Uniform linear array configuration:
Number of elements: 32
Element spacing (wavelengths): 0.25
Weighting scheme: hann
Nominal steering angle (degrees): -45
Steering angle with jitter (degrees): -44.34
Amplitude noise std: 0.05
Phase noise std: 0.05

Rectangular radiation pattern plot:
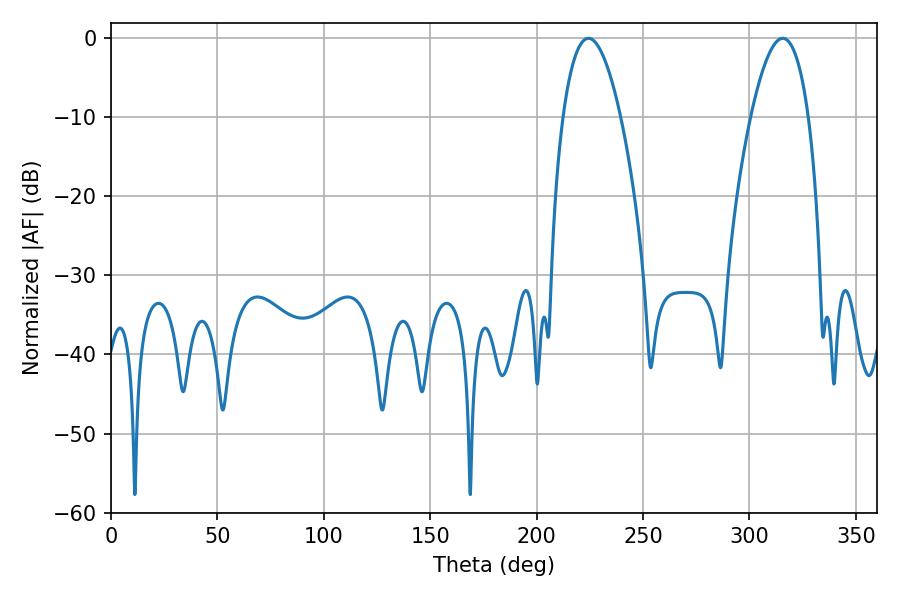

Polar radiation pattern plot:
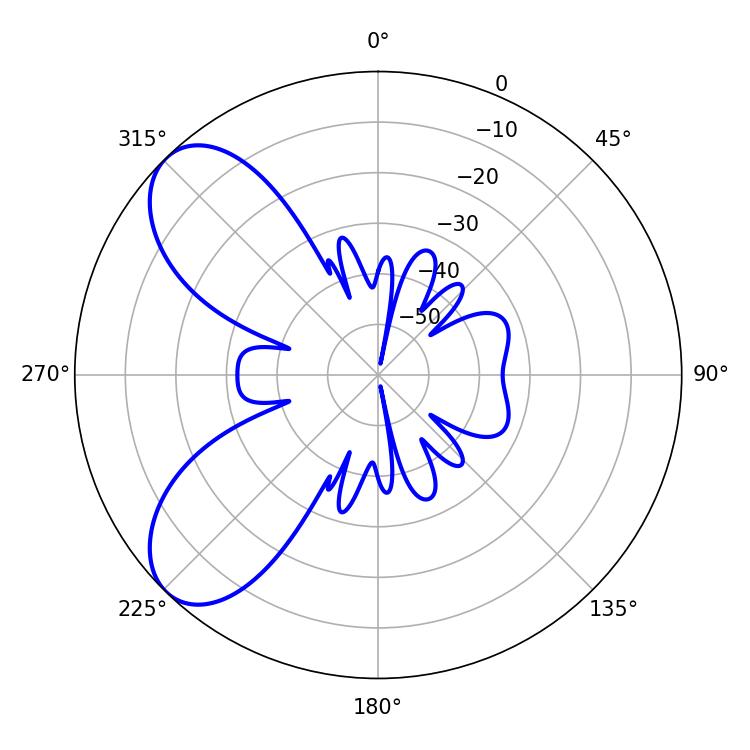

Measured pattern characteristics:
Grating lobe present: FALSE
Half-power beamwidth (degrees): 14.94
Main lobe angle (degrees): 224.28